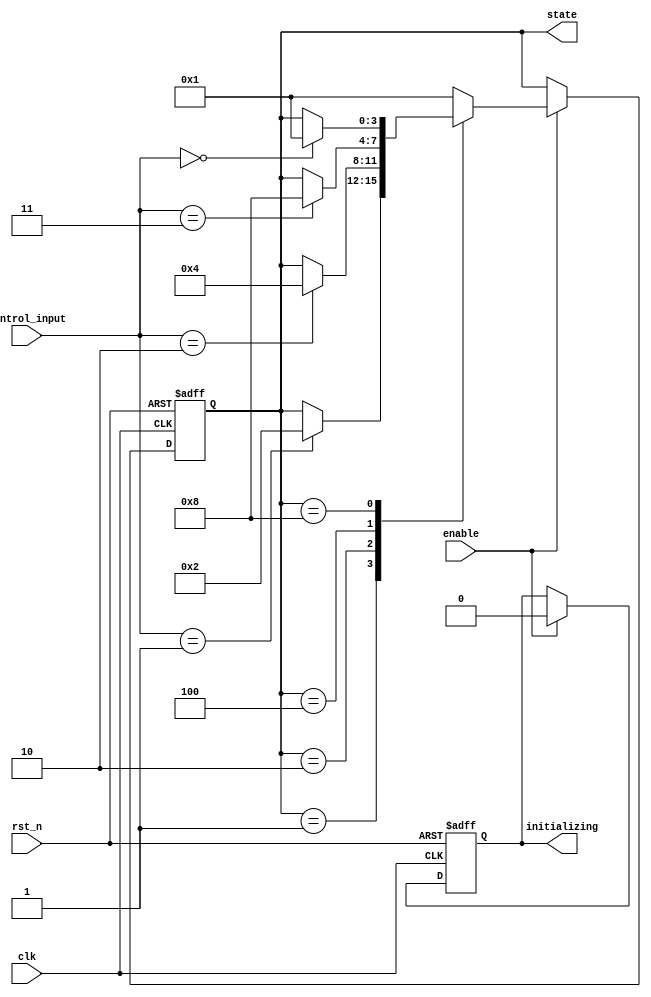
module PreConfiguredStateInitialization (
    input wire clk,               // Clock signal
    input wire rst_n,            // Active-low reset signal
    input wire enable,           // Control input to enable state transitions
    input wire [1:0] control_input, // Additional control input signals
    output reg [3:0] state,      // Current state output (4-bit encoding)
    output reg initializing       // Status signal indicating initialization phase
);

    // Define the states (example states)
    localparam STATE_INIT = 4'b0001; // Predefined initial state
    localparam STATE_ONE  = 4'b0010;
    localparam STATE_TWO  = 4'b0100;
    localparam STATE_THREE = 4'b1000;

    // State transition logic
    always @(posedge clk or negedge rst_n) begin
        if (!rst_n) begin
            // On reset, go to initial state
            state <= STATE_INIT;
            initializing <= 1'b1; // Indicate initialization
        end else if (enable) begin
            initializing <= 1'b0; // Exit initialization phase
            case (state)
                STATE_INIT: begin
                    if (control_input == 2'b01) begin
                        state <= STATE_ONE;
                    end
                end
                STATE_ONE: begin
                    if (control_input == 2'b10) begin
                        state <= STATE_TWO;
                    end
                end
                STATE_TWO: begin
                    if (control_input == 2'b11) begin
                        state <= STATE_THREE;
                    end
                end
                STATE_THREE: begin
                    // Example of returning to initial state
                    if (control_input == 2'b00) begin
                        state <= STATE_INIT;
                    end
                end
                default: state <= STATE_INIT; // Fallback to initial state
            endcase
        end
    end

endmodule